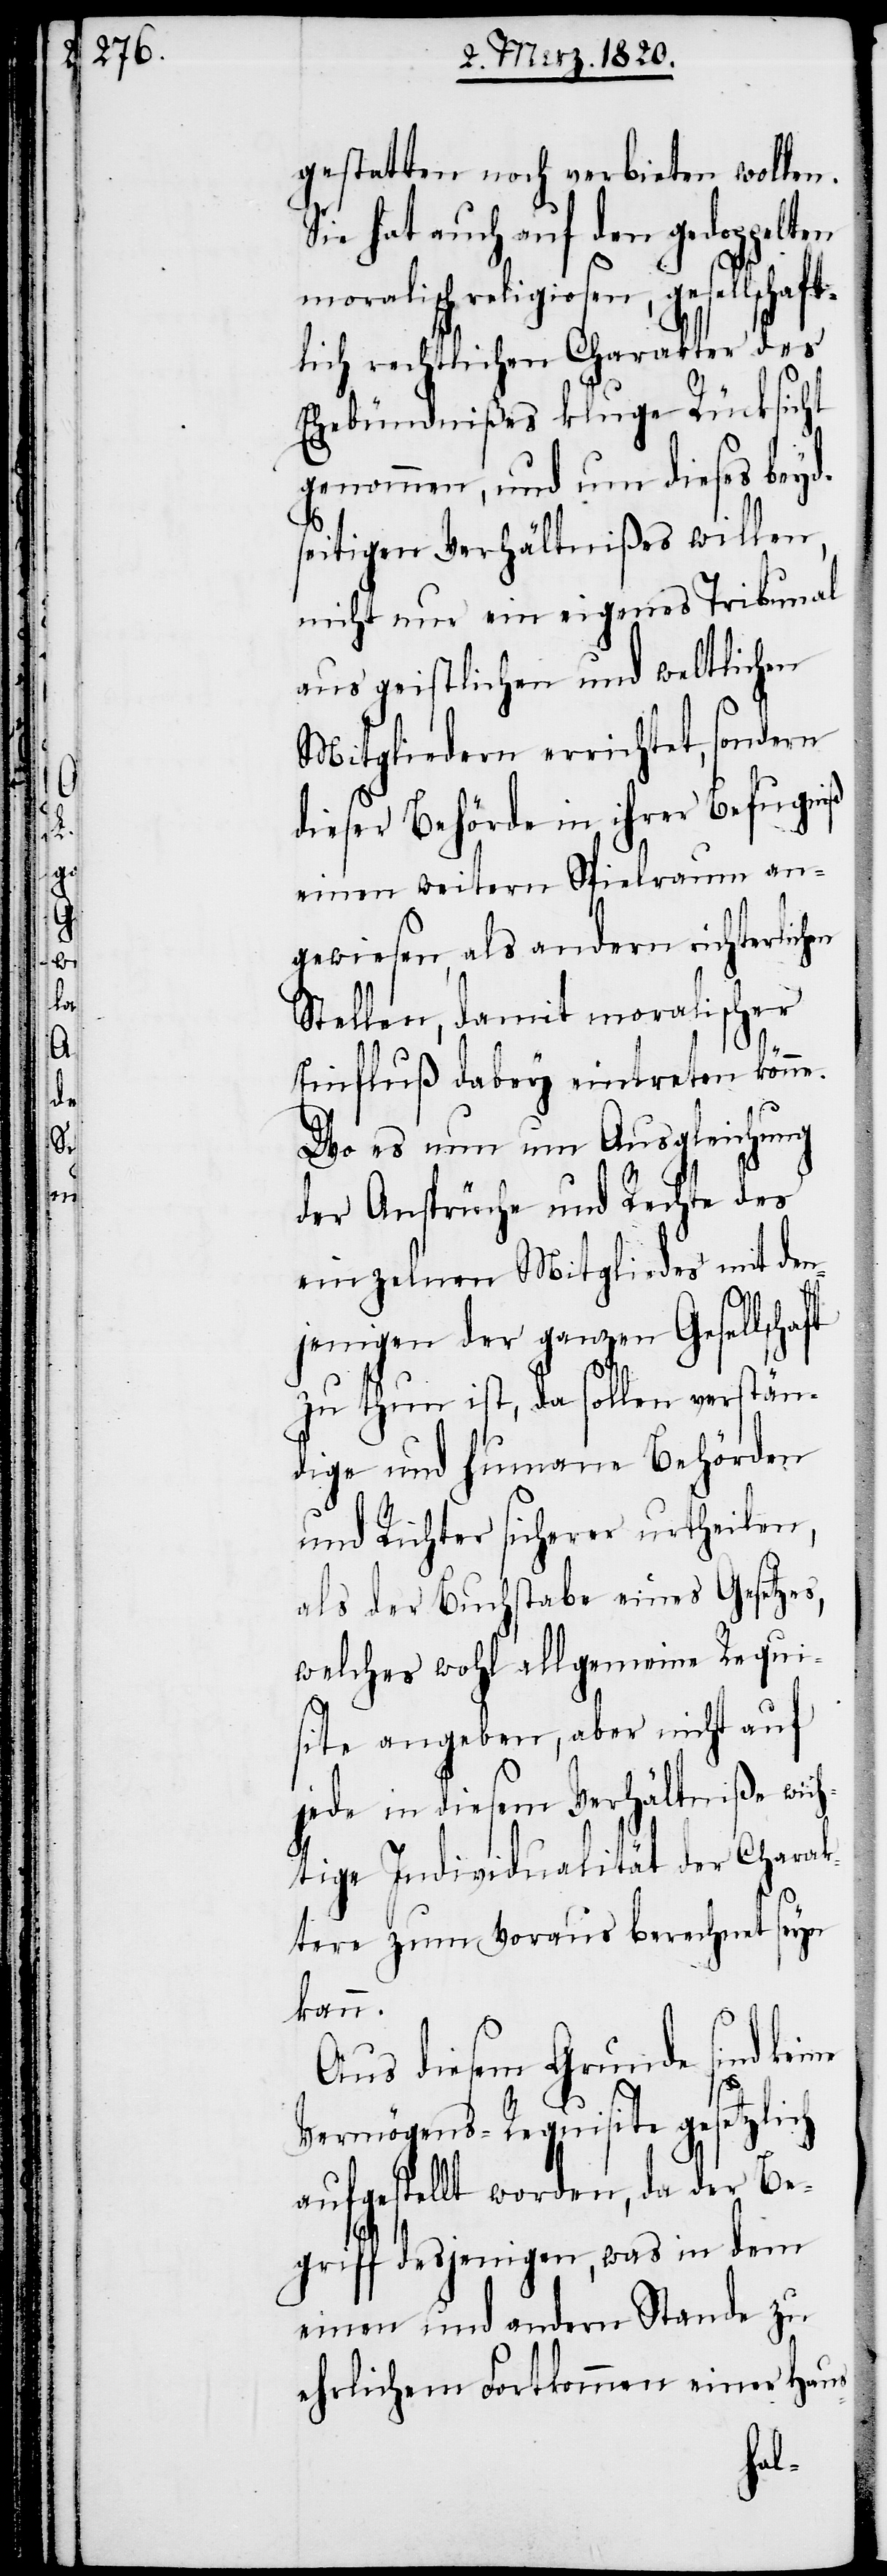
en

gestatten noch verbieten wollen.
Sie hat auch auf den gedoppelten
moralisch religiosen, gesellschaft¬
lich rechtlichen Charakter des
Ehebündnißes kluge Rücksicht
genommen, und um dieses beyd¬
seitigen Verhältnißes willen,
nicht nur ein eigenes Tribunal
aus geistlichen und weltlichen
Mitgliedern errichtet, sondern
dieser Behörde in ihrer Befugniß
einen weitern Spielraum an¬
gewiesen, als andern richterlich¬
Stellen, damit moralischer
Einfluß dabey eintreten könne.
Wo es nun um Ausgleichung
der Ansprüche und Rechte des
einzelnen Mitgliedes mit den¬
jenigen der ganzen Gesellsc¬
zu thun ist, da sollen verstän¬
dige und humane Behörden
und Richter sicherer urtheilen,
als der Buchstabe eines Gesetzes,
welches wohl allgemeine Requi¬
site angeben, aber nicht auf
jede in diesem Verhältniße wic¬
htige Individualität der Charak¬
tere zum Voraus berechnet seyn
kann.
Aus diesem Grunde sind keine
Vermögens-Requisite gesetzlich
aufgestellt worden, da der Be¬
griff desjenigen, was in dem
einen und andern Stande zu
ehrlichem Fortkommen einer Haus-
haft